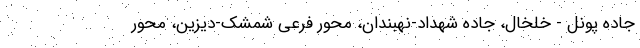
جاده پونل - خلخال، جاده شهداد-نهبندان، محور فرعی شمشک-دیزین، محور